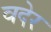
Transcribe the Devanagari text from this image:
वदेर